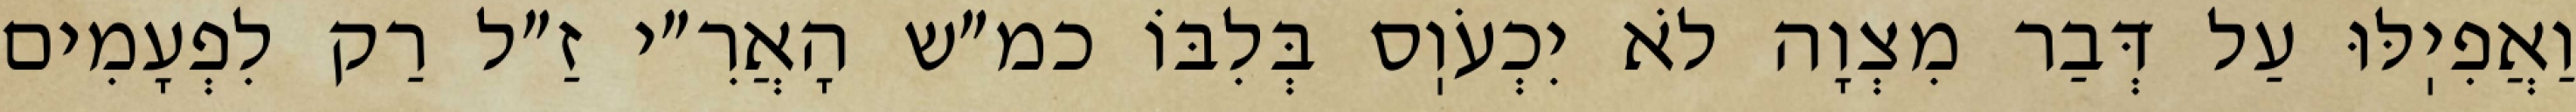
וַאֲפִיֽלּוּ עַל דְּבַר מִצְוָה לֹא יִכְעֹוֽס בְּלִבּוֹ כמ״ש הָאֲרִ״י זַ״ל רַק לִפְעָמִים